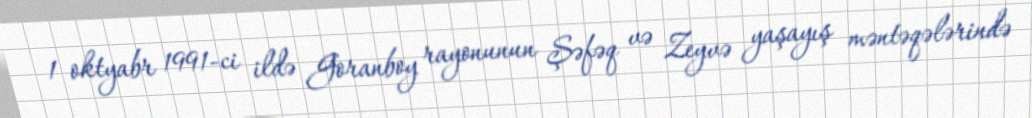
1 oktyabr 1991-ci ildə Goranboy rayonunun Şəfəq və Zeyvə yaşayış məntəqələrində